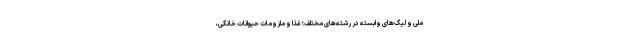
ملی و لیگ‌های وابسته در رشته‌های مختلف؛ غذا و ملزومات حیوانات خانگی،